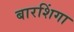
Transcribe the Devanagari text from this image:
बारशिंगा